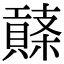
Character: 𧷱